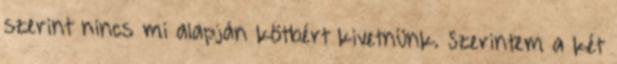
szerint nincs mi alapján kötbért kivetnünk. Szerintem a két